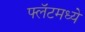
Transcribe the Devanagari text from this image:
फ्लॅटमध्ये